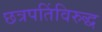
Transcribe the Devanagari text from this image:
छत्रपतिंविरुद्ध